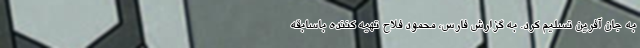
به جان آفرین تسلیم کرد. به گزارش فارس، محمود فلاح تهیه کننده باسابقه